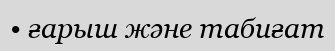
• ғарыш және табиғат